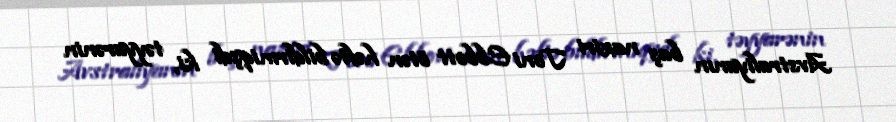
Avstraliyanın baş naziri Toni Ebbott ötən həftə bildirmiqşdi ki, təyyarənin